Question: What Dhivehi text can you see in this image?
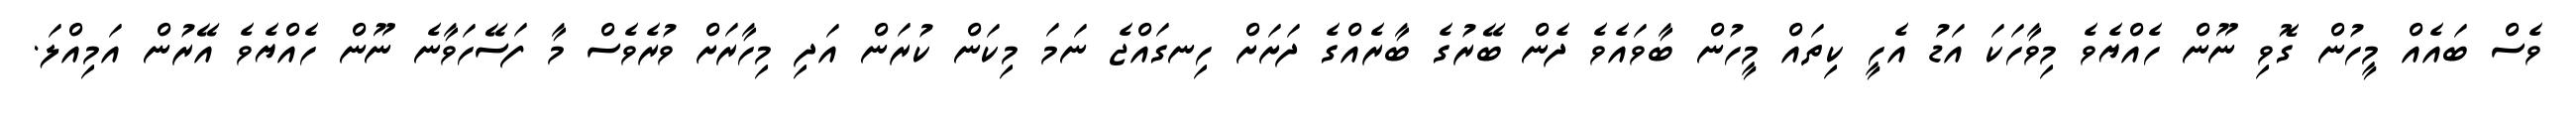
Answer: ވެސް ބައެއް މީހުން ގޮވި ނޫން ހެއްޔެވެ މިވާހަކަ އަޑު އެހީ ކިތައް މީހުން ބާވައެވެ ދެން ބޭރުގެ ބާރެއްގެ ދަށަށް ހިނގައްޖެ ނަމަ މިކަން ކުރަން އަދި މިހާރަށް ވުރެވެސް މާ ފަސޭހަވާނެ ނޫން ހެއްޔެވެ އޭރުން އަމިއްލަ.